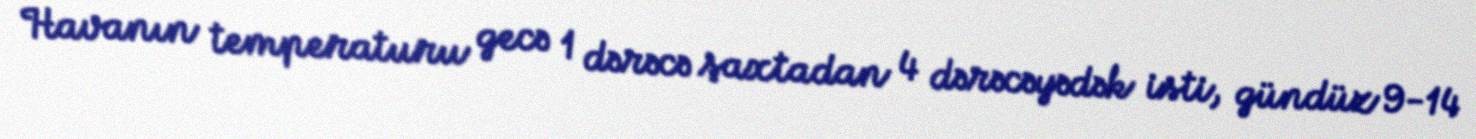
Havanın temperaturu gecə 1 dərəcə şaxtadan 4 dərəcəyədək isti, gündüz 9-14